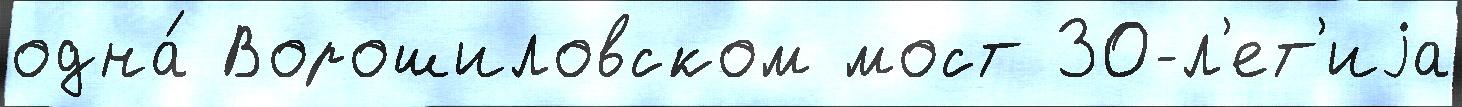
одна́ Ворошиловском мост 30-л'ет'иjа